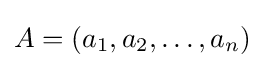
A=(a_{1},a_{2},\ldots ,a_{n})